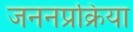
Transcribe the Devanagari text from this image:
जननप्रक्रिया